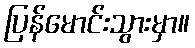
ပြန်မောင်းသွားမှာ။